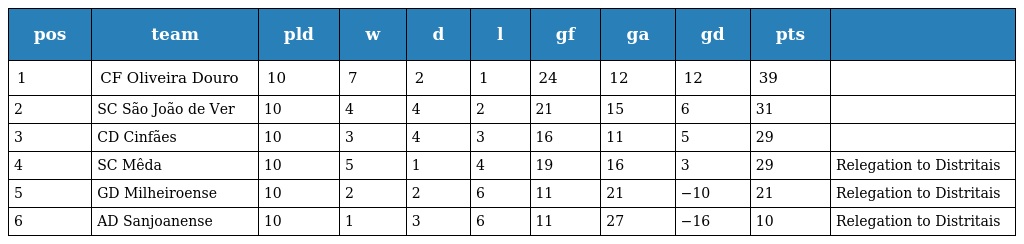
| pos | team | pld | w | d | l | gf | ga | gd | pts |  |
 | --- | --- | --- | --- | --- | --- | --- | --- | --- | --- | --- |
 | 1 | CF Oliveira Douro | 10 | 7 | 2 | 1 | 24 | 12 | 12 | 39 |  |
 | 2 | SC São João de Ver | 10 | 4 | 4 | 2 | 21 | 15 | 6 | 31 |  |
 | 3 | CD Cinfães | 10 | 3 | 4 | 3 | 16 | 11 | 5 | 29 |  |
 | 4 | SC Mêda | 10 | 5 | 1 | 4 | 19 | 16 | 3 | 29 | Relegation to Distritais |
 | 5 | GD Milheiroense | 10 | 2 | 2 | 6 | 11 | 21 | −10 | 21 | Relegation to Distritais |
 | 6 | AD Sanjoanense | 10 | 1 | 3 | 6 | 11 | 27 | −16 | 10 | Relegation to Distritais |